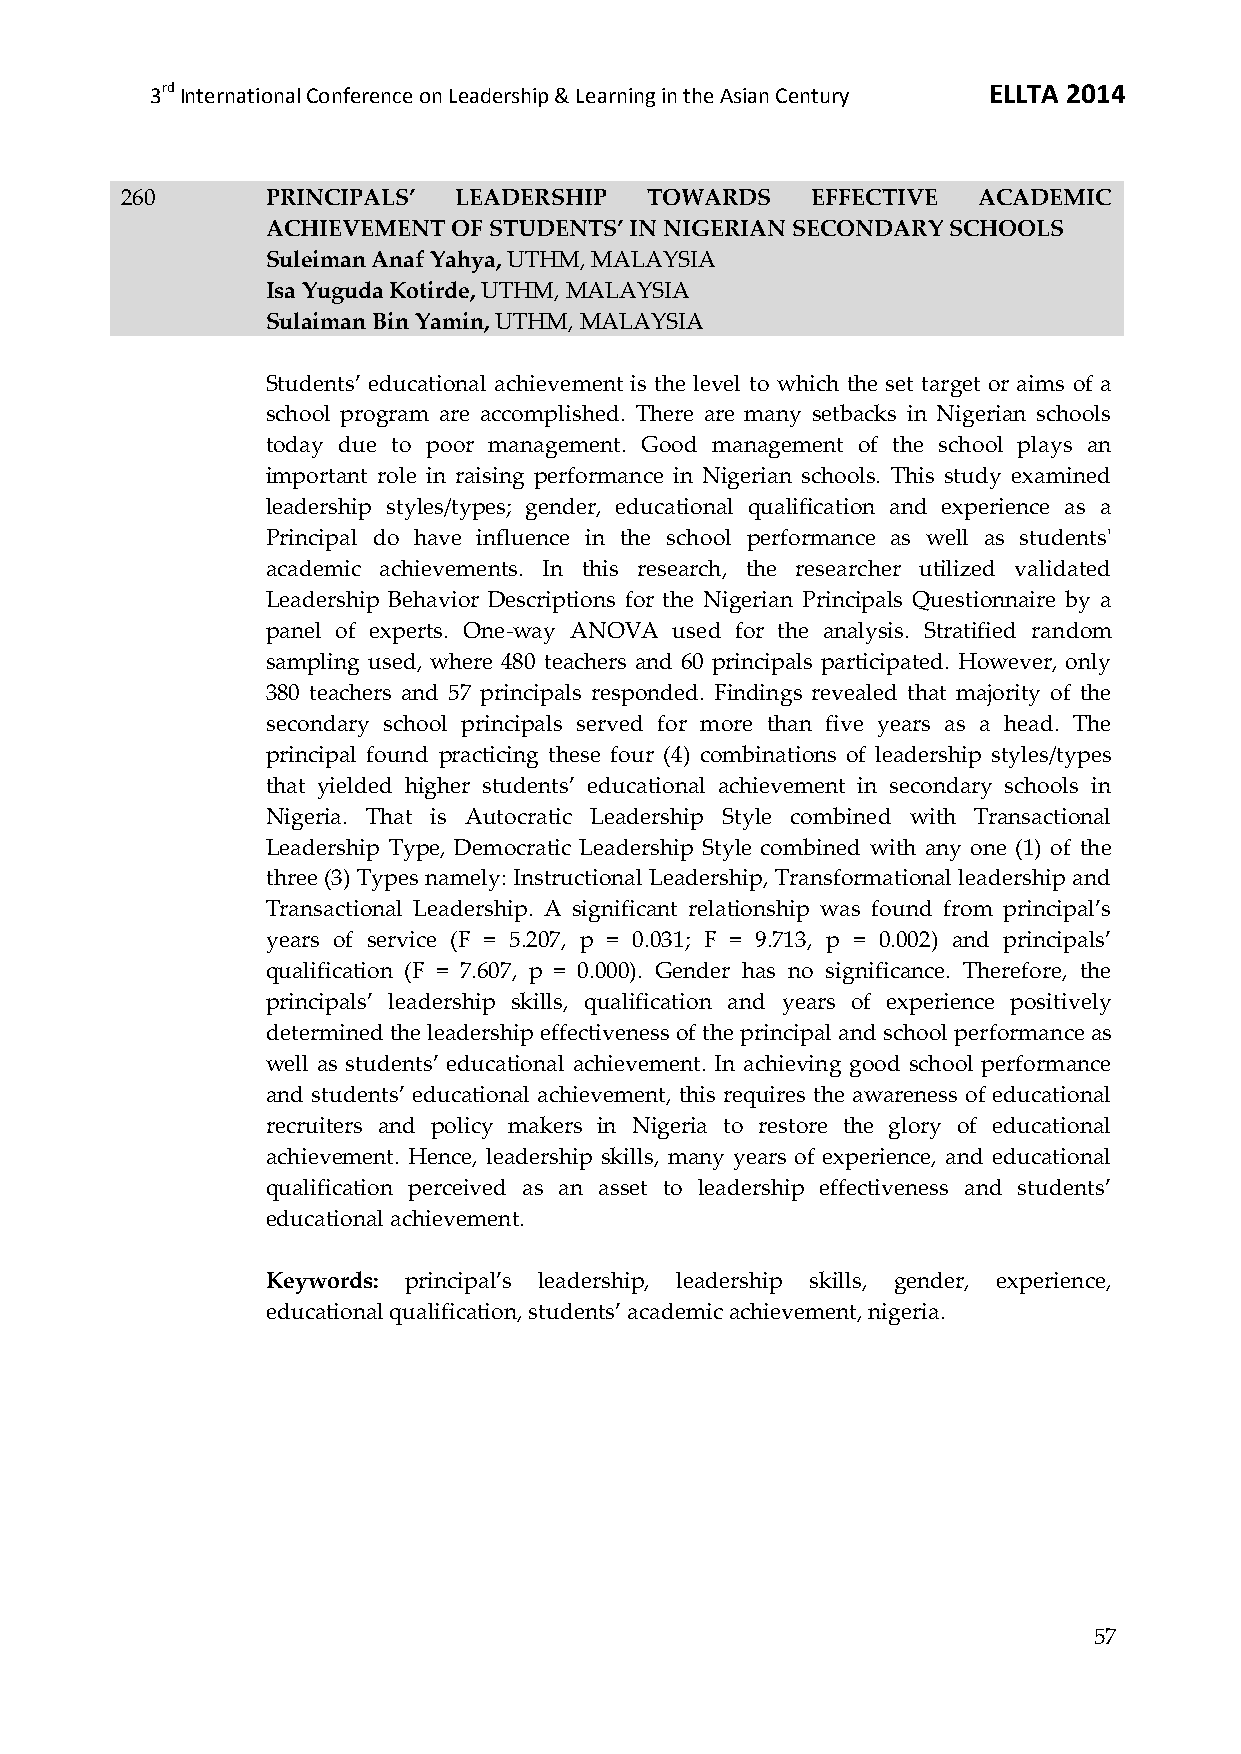
3rd International Conference on Leadership & Learning in the Asian Century ELLTA 2014
 260       PRINCIPALS’ LEADERSHIP   TOWARDS    EFFECTIVE  ACADEMIC
 ACHIEVEMENT OF STUDENTS’ IN NIGERIAN SECONDARY SCHOOLS
 Suleiman Anaf Yahya, UTHM, MALAYSIA
 Isa Yuguda Kotirde, UTHM, MALAYSIA
 Sulaiman Bin Yamin, UTHM, MALAYSIA
 Students’ educational achievement is the level to which the set target or aims of a
 school program are accomplished. There are many setbacks in Nigerian schools
 today due to poor management. Good management of the school plays an
 important role in raising performance in Nigerian schools. This study examined
 leadership styles/types; gender, educational qualification and experience as a
 Principal do have influence in the school performance as well as students'
 academic achievements. In this research, the researcher utilized validated
 Leadership Behavior Descriptions for the Nigerian Principals Questionnaire by a
 panel of experts. One-way ANOVA used for the analysis. Stratified random
 sampling used, where 480 teachers and 60 principals participated. However, only
 380 teachers and 57 principals responded. Findings revealed that majority of the
 secondary school principals served for more than five years as a head. The
 principal found practicing these four (4) combinations of leadership styles/types
 that yielded higher students’ educational achievement in secondary schools in
 Nigeria. That is Autocratic Leadership Style combined with Transactional
 Leadership Type, Democratic Leadership Style combined with any one (1) of the
 three (3) Types namely: Instructional Leadership, Transformational leadership and
 Transactional Leadership. A significant relationship was found from principal’s
 years of service (F = 5.207, p = 0.031; F = 9.713, p = 0.002) and principals’
 qualification (F = 7.607, p = 0.000). Gender has no significance. Therefore, the
 principals’ leadership skills, qualification and years of experience positively
 determined the leadership effectiveness of the principal and school performance as
 well as students’ educational achievement. In achieving good school performance
 and students’ educational achievement, this requires the awareness of educational
 recruiters and policy makers in Nigeria to restore the glory of educational
 achievement. Hence, leadership skills, many years of experience, and educational
 qualification perceived as an asset to leadership effectiveness and students’
 educational achievement.
 Keywords: principal’s leadership, leadership skills, gender, experience,
 educational qualification, students’ academic achievement, nigeria.
 57